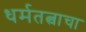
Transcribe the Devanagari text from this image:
धर्मतत्वाचा